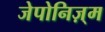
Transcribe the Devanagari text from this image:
जेपोनिज़्म